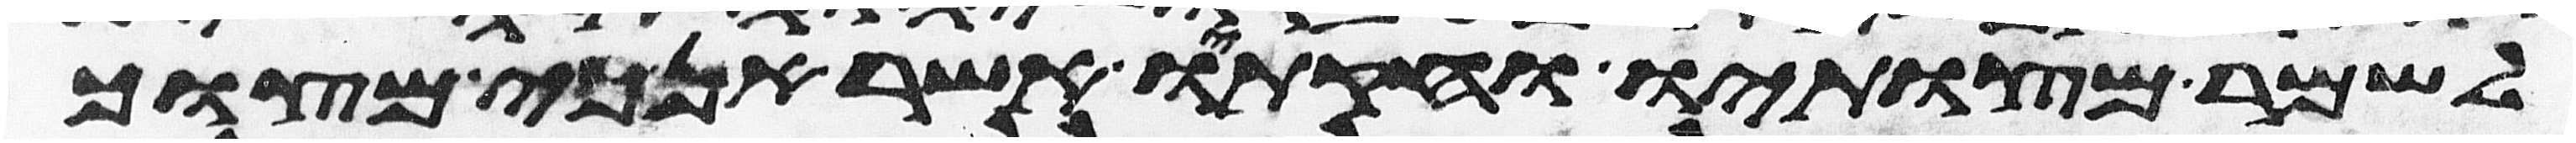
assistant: לשמר מצותיו וחקתיו אשר אנכי מצוך